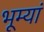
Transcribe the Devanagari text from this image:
भूम्यां